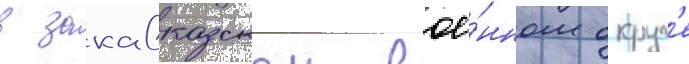
в закавказском вое́нном округ'е